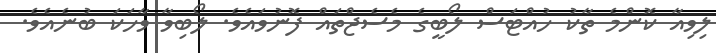
ލިވިއާ ކޮންމެ ތާކު ހުއްޓަސް ލޯބީގެ މެސެޖްތައް ފޮނުވައެވެ. ލޯބިވާ ވާހަކަ ބުނެއެވެ.